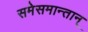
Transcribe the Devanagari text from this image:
समेसमान्तान्